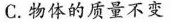
C.物体的质量不变